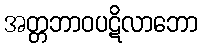
အတ္တဘာဝပဋိလာဘော